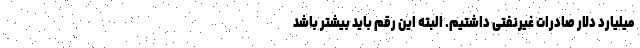
میلیارد دلار صادرات غیرنفتی داشتیم. البته این رقم باید بیشتر باشد